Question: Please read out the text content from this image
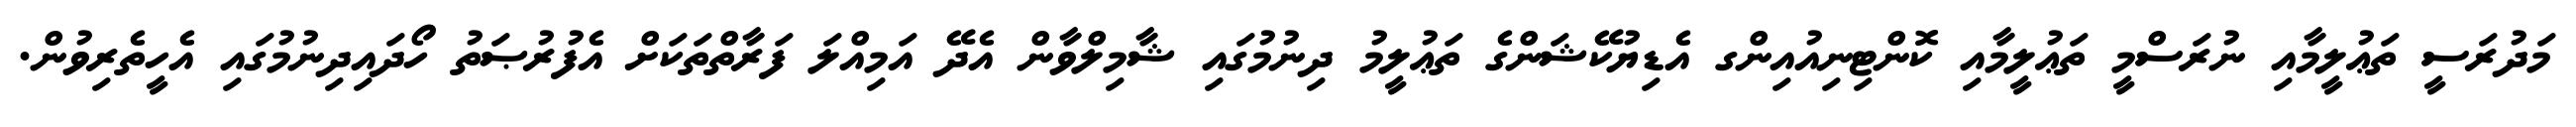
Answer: މަދުރަސީ ތަޢުލީމާއި ނުރަސްމީ ތަޢުލީމާއި ކޮންޓިނިއުއިންގ އެޑިޔުކޭޝަންގެ ތަޢުލީމު ދިނުމުގައި ޝާމިލްވާން އެދޭ އަމިއްލަ ފަރާތްތަކަށް އެފުރުޞަތު ހޯދައިދިނުމުގައި އެހީތެރިވުން.